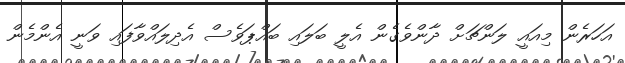
އަހަރެން މިއައީ ލަންޗަށް ދާންވެގެން އެލީ ބަލައި ބައްޕަވެސް އެދިލައްވާފައި ވަނީ އެންމެން